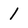
Character: 1